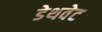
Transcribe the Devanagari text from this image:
डेथवेट